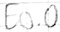
Text: E0.0